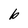
Character: b